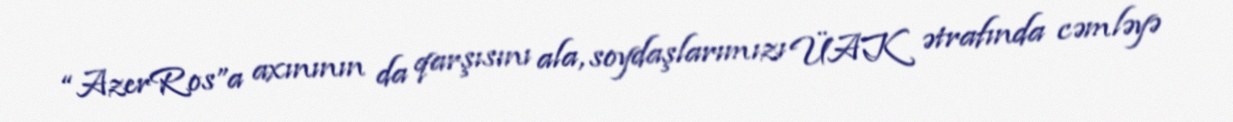
“AzerRos”a axınının da qarşısını ala, soydaşlarımızı ÜAK ətrafında cəmləyə